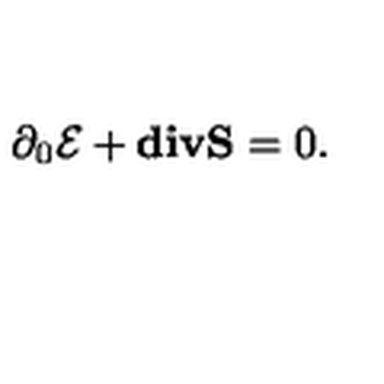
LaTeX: \partial _ { 0 } { \cal E } + { \bf d i v } { \bf S } = 0 .